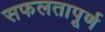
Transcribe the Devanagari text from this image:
सफलतापूर्ण